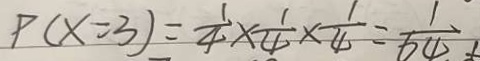
P ( x = 3 ) = \frac { 1 } { 4 } \times \frac { 1 } { 4 } \times \frac { 1 } { 4 } = \frac { 1 } { 6 4 }